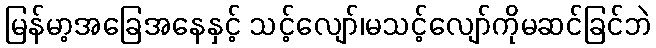
မြန်မာ့အခြေအနေနှင့် သင့်လျော်၊မသင့်လျော်ကိုမဆင်ခြင်ဘဲ